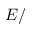
E /